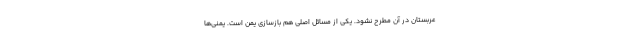
عربستان در آن مطرح نشود. یکی از مسائل اصلی هم بازسازی یمن است. یمنی‌ها